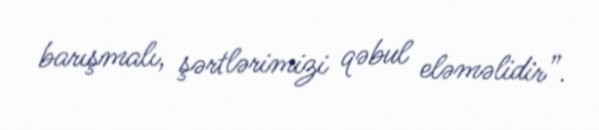
barışmalı, şərtlərimizi qəbul eləməlidir”.